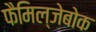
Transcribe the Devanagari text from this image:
फैमिल्जेबोक